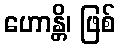
ဟောန္တိ၊ ဖြစ်